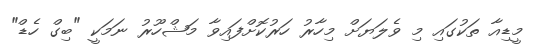
މީޑިއާ ތަކުގައި މި ވެލަޔަށް މިހާރު ހަރުކޮށްފައިވާ މަޝްހޫރު ނަމަކީ "ބިގް ހެޑް"